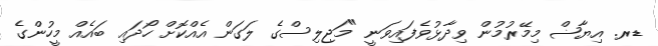
ޑރ. އިޔާޟް މިމޭރުމުން ވިދާޅުވެފައިވަނީ "މަޖިލިސްގެ ލަގަން އެއްކޮށް ހޯދައި ބައެއް މީހުންގެ